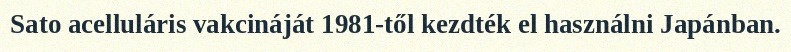
Sato acelluláris vakcináját 1981-től kezdték el használni Japánban.